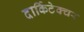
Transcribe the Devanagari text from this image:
दार्किटेक्चर